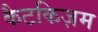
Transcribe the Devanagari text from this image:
कैटकिज़म